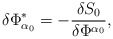
\begin{align*}\delta \Phi _{\alpha _0}^{*}=-\frac{\delta S_0}{\delta \Phi^{\alpha _0}},\end{align*}